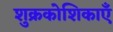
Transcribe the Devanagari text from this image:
शुक्रकोशिकाएँ